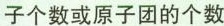
子个数或原子团的个数